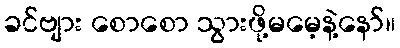
ခင်ဗျား စောစော သွားဖို့မမေ့နဲ့နော်။